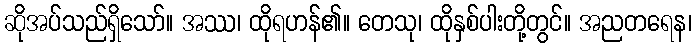
ဆိုအပ်သည်ရှိသော်။ အဿ၊ ထိုရဟန်၏။ တေသု၊ ထိုနှစ်ပါးတို့တွင်။ အညတရေန၊